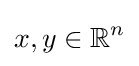
x,y\in \mathbb {R} ^{n}